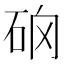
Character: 𥑨